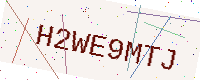
Text: H2WE9MTJ